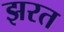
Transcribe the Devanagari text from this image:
झरत